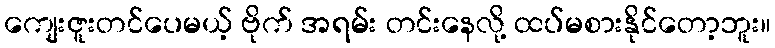
ကျေးဇူးတင်ပေမယ့် ဗိုက် အရမ်း တင်းနေလို့ ထပ်မစားနိုင်တော့ဘူး။